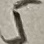
Text: 5